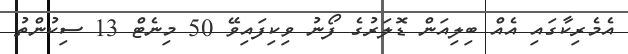
އެމެރިކާގައި އެއް ބިލިއަން ޑޮލަރުގެ ފޯނު ވިކިފައިވޭ 50 މިނެޓް 13 ސިކުންތު